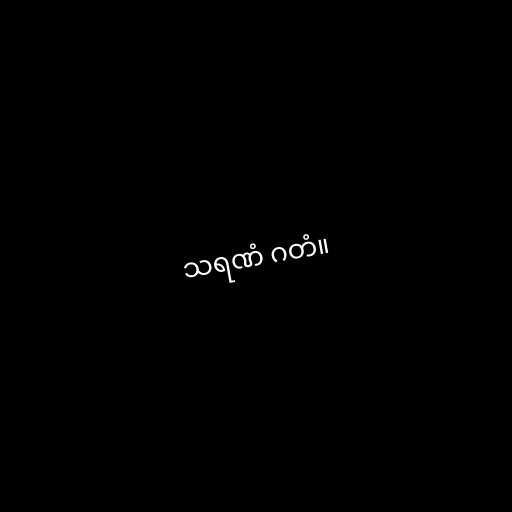
သရဏံ ဂတံ။